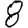
Digit: 8